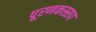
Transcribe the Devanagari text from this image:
पूरणकस्सप